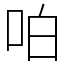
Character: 㕷